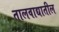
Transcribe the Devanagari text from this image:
तालवाद्यातील